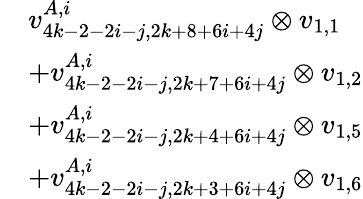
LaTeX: \begin{array}{rl}&{v_{4k-2-2i-j,2k+8+6i+4j}^{A,i}\otimes v_{1,1}}\\ &{+v_{4k-2-2i-j,2k+7+6i+4j}^{A,i}\otimes v_{1,2}}\\ &{+v_{4k-2-2i-j,2k+4+6i+4j}^{A,i}\otimes v_{1,5}}\\ &{+v_{4k-2-2i-j,2k+3+6i+4j}^{A,i}\otimes v_{1,6}}\end{array}